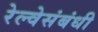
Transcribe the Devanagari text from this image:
रेल्वेसंबंधी